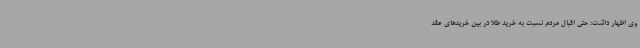
وی اظهار داشت: حتی اقبال مردم نسبت به خرید طلا در بین خریدهای عقد